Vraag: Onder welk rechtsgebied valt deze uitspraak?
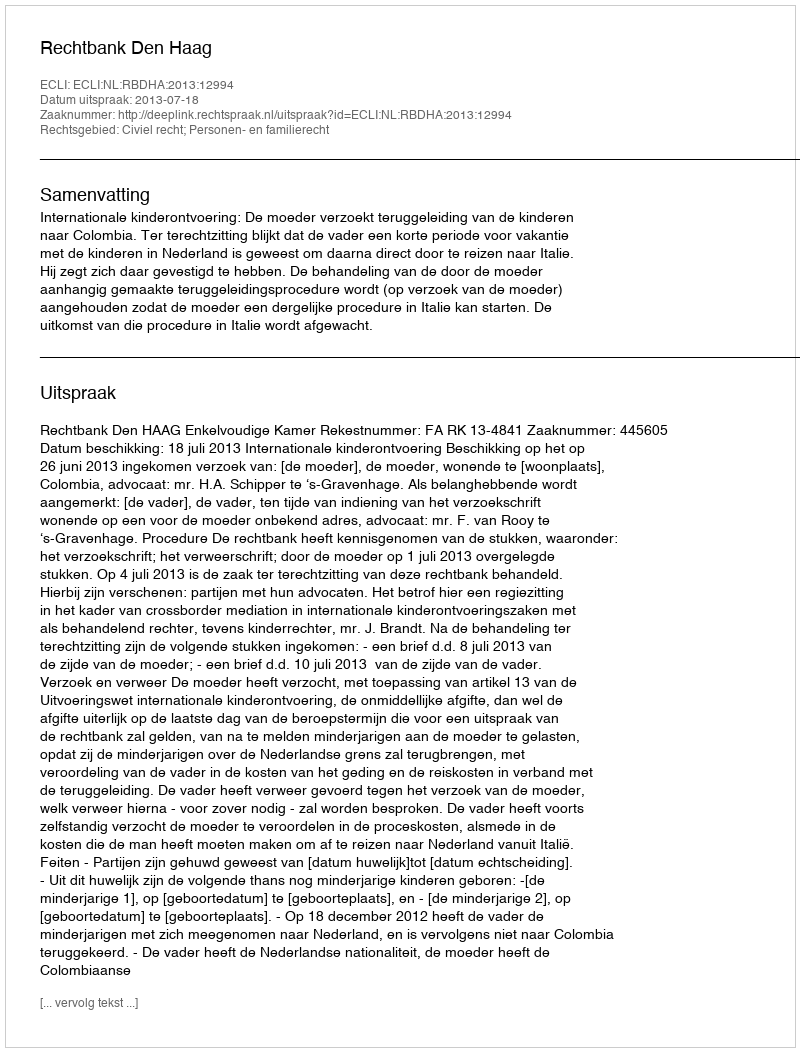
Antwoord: Civiel recht; Personen- en familierecht